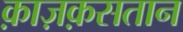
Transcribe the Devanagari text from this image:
क़ाज़क़सतान